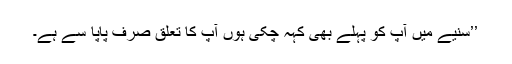
’’سنیے میں آپ کو پہلے بھی کہہ چکی ہوں آپ کا تعلق صرف پاپا سے ہے۔